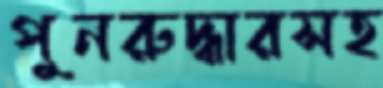
পুনরুদ্ধারসহ